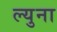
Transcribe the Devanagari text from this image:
ल्युना